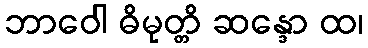
ဘာဝေါ ဓိမုတ္တိ ဆန္ဒော ထ၊